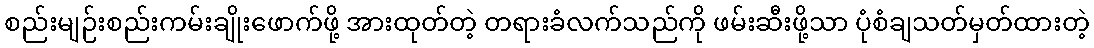
စည်းမျဉ်းစည်းကမ်းချိုးဖောက်ဖို့ အားထုတ်တဲ့ တရားခံလက်သည်ကို ဖမ်းဆီးဖို့သာ ပုံစံချသတ်မှတ်ထားတဲ့